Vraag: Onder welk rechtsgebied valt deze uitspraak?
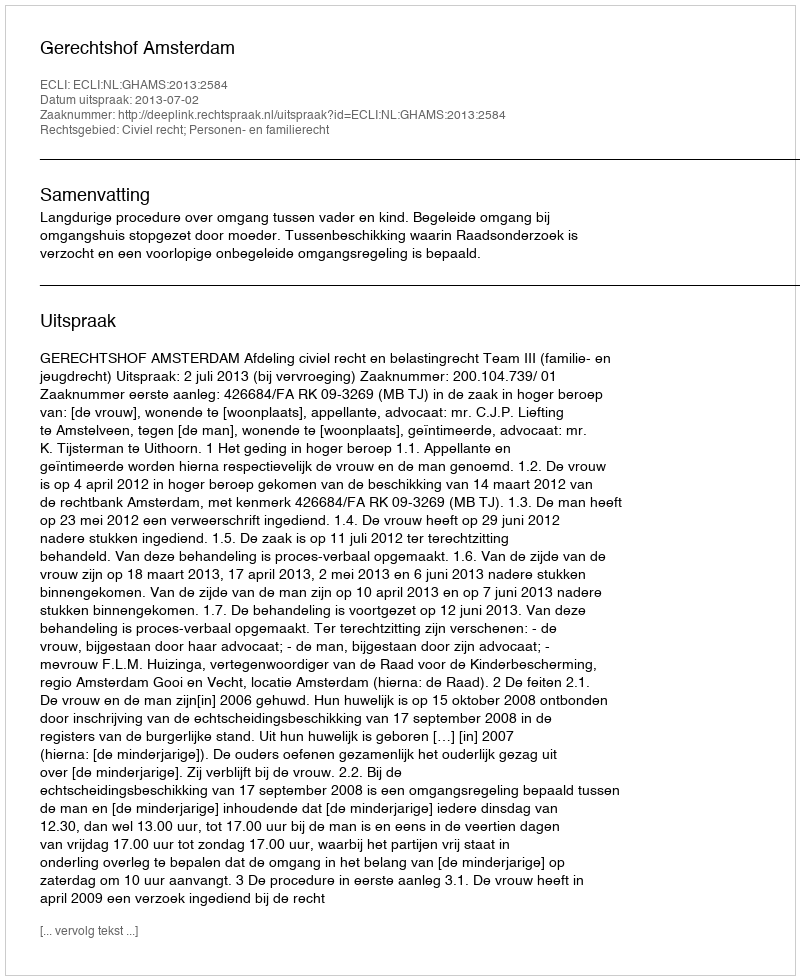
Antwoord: Civiel recht; Personen- en familierecht